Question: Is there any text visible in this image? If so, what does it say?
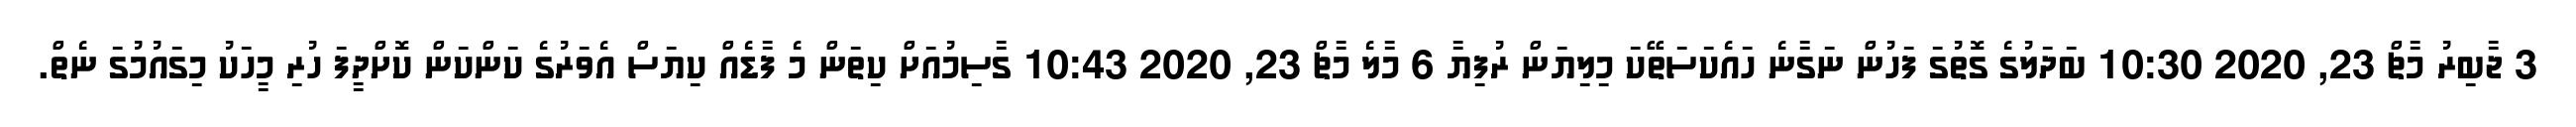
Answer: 3 ޖާބިރު މާޗް 23, 2020 10:30 ބަދަލުގެ ގޮތުގަ ފަހުން ނަގާނެ ހައެކަސަތޭކަ މިލިޔަން ރުފިޔާ 6 މާލެ މާޗް 23, 2020 10:43 ގާސިމުއަށް ކިތަން މެ ފާޑެއް ކިޔަސް އެވަރުގެ ކަންކަން ކޮށްދީފަ ހުރި މީހަކު މިގައުމުގަ ނެތް.